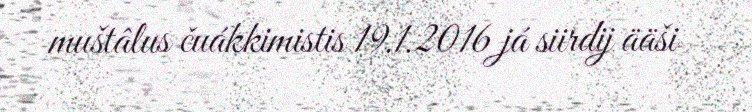
muštâlus čuákkimistis 19.1.2016 já siirdij ääši